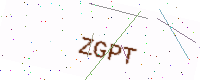
Text: ZGPT